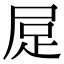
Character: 𧿃